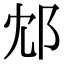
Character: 邥